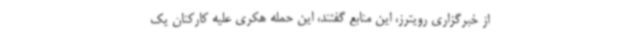
از خبرگزاری رویترز، این منابع گفتند، این حمله هکری علیه کارکنان یک